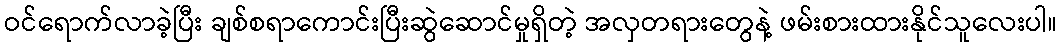
ဝင်ရောက်လာခဲ့ပြီး ချစ်စရာကောင်းပြီးဆွဲဆောင်မှုရှိတဲ့ အလှတရားတွေနဲ့ ဖမ်းစားထားနိုင်သူလေးပါ။